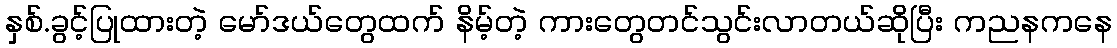
နှစ်.ခွင့်ပြုထားတဲ့ မော်ဒယ်တွေထက် နိမ့်တဲ့ ကားတွေတင်သွင်းလာတယ်ဆိုပြီး ကညနကနေ